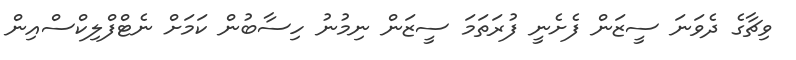
ވިޗާގެ ދެވަނަ ސީޒަން ފެށެނީ ފުރަތަމަ ސީޒަން ނިމުނު ހިސާބުން ކަމަށް ނެޓްފްލިކްސްއިން